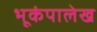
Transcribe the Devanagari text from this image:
भूकंपालेख